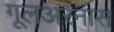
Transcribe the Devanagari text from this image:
गूलअरनास